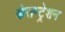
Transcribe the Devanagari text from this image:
कंसन्ट्रेशन